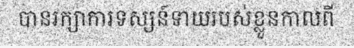
បានរក្សាការទស្សន៍ទាយរបស់ខ្លួនកាលពី